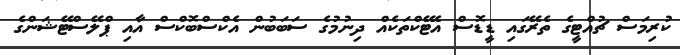
ކުރިމަސް ޗުއްޓީގެ ތެރޭގައި ޑީޑޮސް އެޓޭކްތަކެއް ދިނުމުގެ ސަބަބުން އެކްސްބޮކްސް އާއި ޕްލޭސްޓޭޝަންގެ